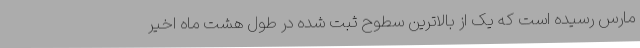
مارس رسیده است که یک از بالاترین سطوح ثبت شده در طول هشت ماه اخیر